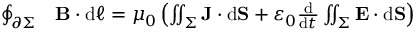
{ \begin{array} { r l } { \oint _ { \partial \Sigma } } & { \mathbf { B } \cdot \mathrm { d } { \boldsymbol { \ell } } = \mu _ { 0 } \left( \iint _ { \Sigma } \mathbf { J } \cdot \mathrm { d } \mathbf { S } + \varepsilon _ { 0 } { \frac { \mathrm { d } } { \mathrm { d } t } } \iint _ { \Sigma } \mathbf { E } \cdot \mathrm { d } \mathbf { S } \right) } \end{array} }